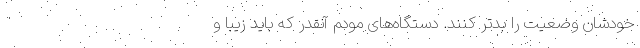
خودشان وضعیت را بدتر کنند. دستگاه‌های مودم‌ آنقدر که باید زیبا و